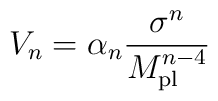
V_{n}  =  \alpha_{n}\frac{\sigma^n}{M_{\rm pl}^{n-4}}